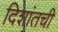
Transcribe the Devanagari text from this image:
दिशांतची